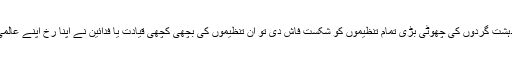
پاک فورسز نے جب دہشت گردوں کی چھوٹی بڑی تمام تنظیموں کو شکست فاش دی تو ان تنظیموں کی بچھی کچھی قیادت یا فدائین نے اپنا رخ اپنے عالمی آقائوں کی طرف کیا۔